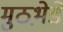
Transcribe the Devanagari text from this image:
मुठभ़ेडें